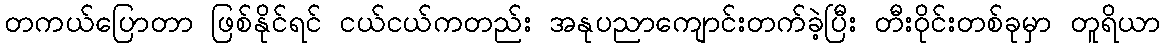
တကယ်ပြောတာ ဖြစ်နိုင်ရင် ငယ်ငယ်ကတည်း အနုပညာကျောင်းတက်ခဲ့ပြီး တီးဝိုင်းတစ်ခုမှာ တူရိယာ